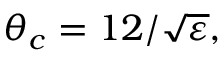
\theta _ { c } = 1 2 / \sqrt { \varepsilon } ,